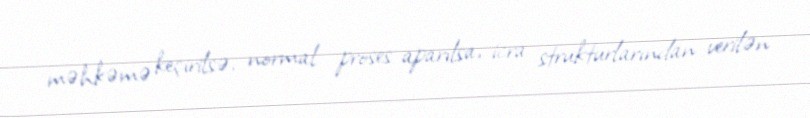
məhkəmə keçirilsə, normal proses aparılsa, icra strukturlarından verilən